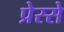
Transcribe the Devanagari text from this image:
प्रेस्से